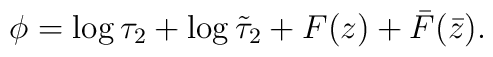
\phi= \log\tau_2 +\log\tilde{\tau}_2 + F(z) + \bar{F}(\bar{z}) .